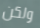
ولكن